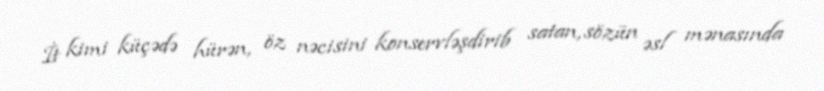
İt kimi küçədə hürən, öz nəcisini konservləşdirib satan, sözün əsl mənasında